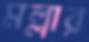
মল্লার